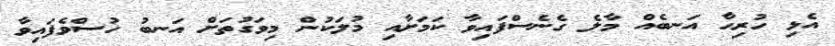
އެޅި ހުރިހާ އަނބެއް މާލެ ގެނެސްފައިވާ ކަމަށާއި މުލަކުން މިވަގުތަށް އަނބު ހުސްވެފައިވާ